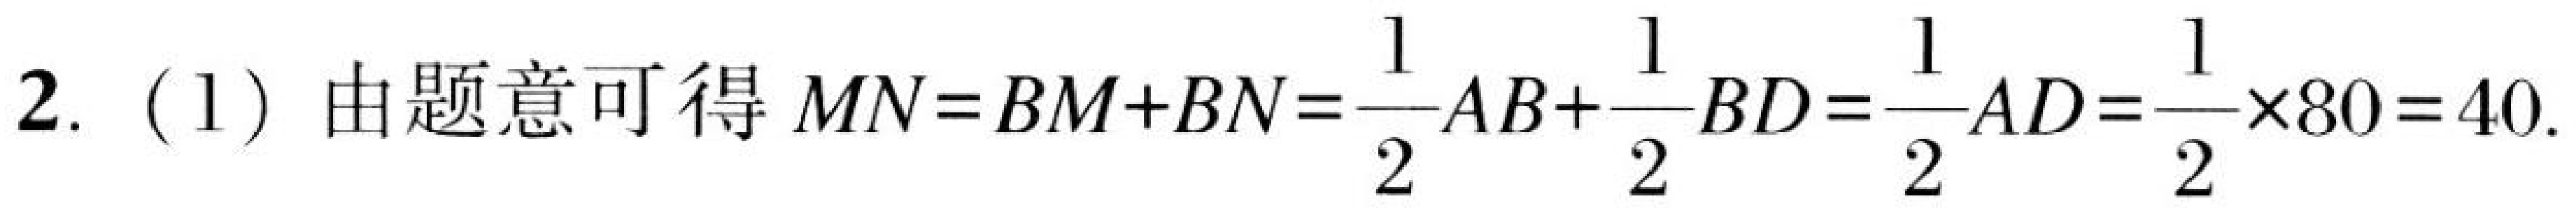
2. (1) 由题意可得\(MN = BM + BN=\dfrac{1}{2}AB+\dfrac{1}{2}BD=\dfrac{1}{2}AD=\dfrac{1}{2}\times80 = 40\).